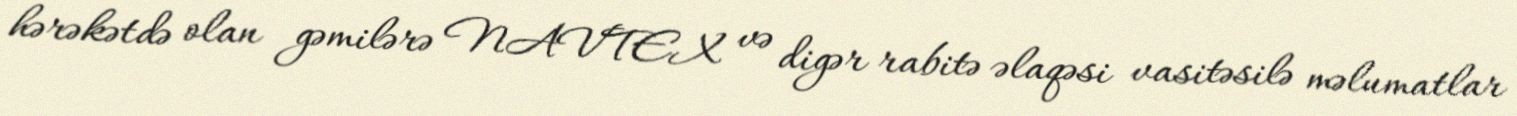
hərəkətdə olan gəmilərə NAVTEX və digər rabitə əlaqəsi vasitəsilə məlumatlar